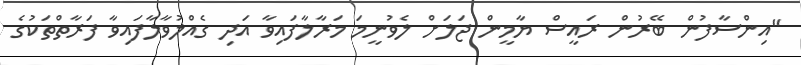
"އިންސާފުން ބޭރުން ރައީސް ޔާމީން ޖަލަށް ލެވުނީމަ މަރާލާފައިވާ އަދި ގެއްލުވާލާފައިވާ ފަރާތްތަކުގެ